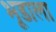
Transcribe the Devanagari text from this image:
भूडाला